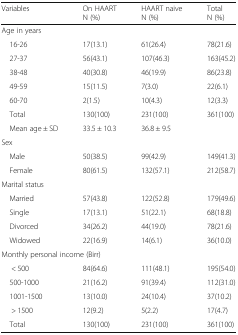
| Variables | On HAARTN (%) | HAART naiveN (%) | TotalN (%) |
 | --- | --- | --- | --- |
 | <COLSPAN=4> Age in years |
 | 16-26 | 17(13.1) | 61(26.4) | 78(21.6) |
 | 27-37 | 56(43.1) | 107(46.3) | 163(45.2) |
 | 38-48 | 40(30.8) | 46(19.9) | 86(23.8) |
 | 49-59 | 15(11.5) | 7(3.0) | 22(6.1) |
 | 60-70 | 2(1.5) | 10(4.3) | 12(3.3) |
 | Total | 130(100) | 231(100) | 361(100) |
 | Mean age ± SD | 33.5 ± 10.3 | 36.8 ± 9.5 |  |
 | <COLSPAN=4> Sex |
 | Male | 50(38.5) | 99(42.9) | 149(41.3) |
 | Female | 80(61.5) | 132(57.1) | 212(58.7) |
 | <COLSPAN=4> Marital status |
 | Married | 57(43.8) | 122(52.8) | 179(49.6) |
 | Single | 17(13.1) | 51(22.1) | 68(18.8) |
 | Divorced | 34(26.2) | 44(19.0) | 78(21.6) |
 | Widowed | 22(16.9) | 14(6.1) | 36(10.0) |
 | <COLSPAN=4> Monthly personal income (Birr) |
 | < 500 | 84(64.6) | 111(48.1) | 195(54.0) |
 | 500-1000 | 21(16.2) | 91(39.4) | 112(31.0) |
 | 1001-1500 | 13(10.0) | 24(10.4) | 37(10.2) |
 | > 1500 | 12(9.2) | 5(2.2) | 17(4.7) |
 | Total | 130(100) | 231(100) | 361(100) |